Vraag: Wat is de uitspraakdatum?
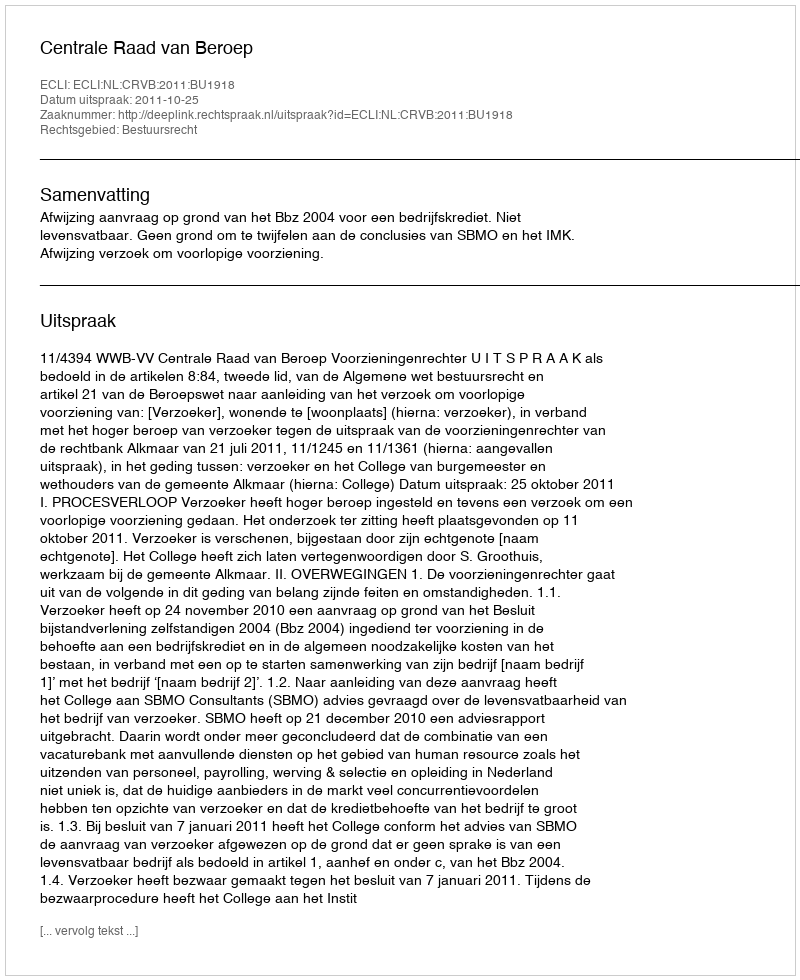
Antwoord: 2011-10-25